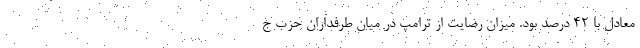
معادل با ۴۲ درصد بود. میزان رضایت از ترامپ در میان طرفداران حزب ج